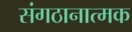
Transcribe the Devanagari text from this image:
संगठानात्मक